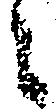
々